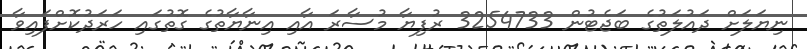
ނިޔަލަށް ދައުލަތުގެ ބަޖެޓުން 3254733 ރުފިޔާ މުސާރަ އާއި އިނާޔާތުގެ ގޮތުގައި ހަރަދުކޮށްފައިވާ